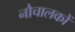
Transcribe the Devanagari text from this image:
नौचालकों